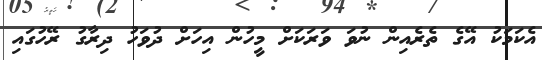
އެކަމަކު އޭގެ ތެރެއިން ނުވަ ވަރަކަށް މީހުން އިހަށް ދުވަހު ދިރާގު ރޭހުގައި